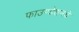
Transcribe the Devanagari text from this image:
फाउण्डेशनचे